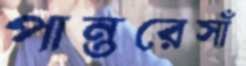
পান্তরেসাঁ